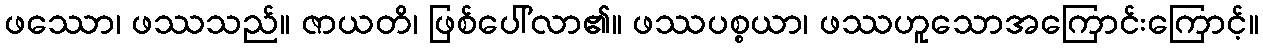
ဖဿော၊ ဖဿသည်။ ဇာယတိ၊ ဖြစ်ပေါ်လာ၏။ ဖဿပစ္စယာ၊ ဖဿဟူသောအကြောင်းကြောင့်။